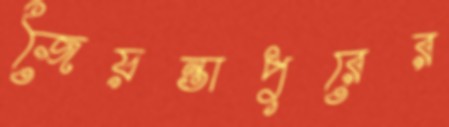
জৈয়ন্তাপুরের